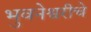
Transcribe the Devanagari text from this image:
भुवनेश्वरीचे